Civil Veterinary Dept. Bombay admin report 1914-1922 - 1914-1922
Year: 1914
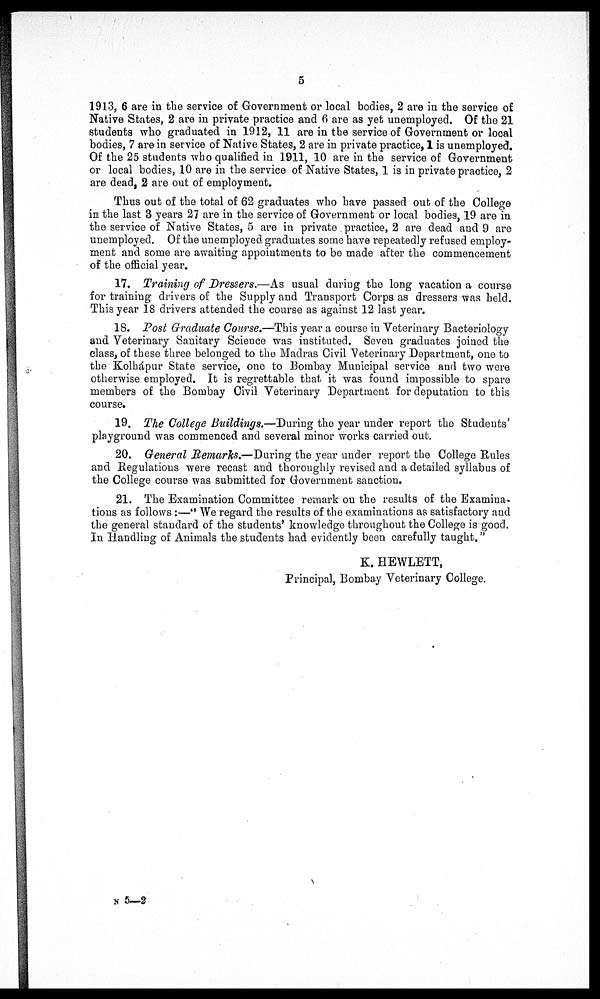
5
1913, 6 are in the service of Government or local bodies, 2 are in the service of
Native States, 2 are in private practice and 6 are as yet unemployed. Of the 21
students who graduated in 1912, 11 are in the service of Government or local
bodies, 7 are in service of Native States, 2 are in private practice, 1 is unemployed.
Of the 25 students who qualified in 1911, 10 are in the service of Government
or local bodies, 10 are in the service of Native States, 1 is in private practice, 2
are dead, 2 are out of employment.
Thus out of the total of 62 graduates who have passed out of the College
in the last 3 years 27 are in the service of Government or local bodies, 19 are in
the service of Native States, 5 are in private practice, 2 are dead and 9 are
unemployed. Of the unemployed graduates some have repeatedly refused employ-
ment and some are awaiting appointments to be made after the commencement
of the official year.
17. Training of Dressers.—As usual during the long vacation a course
for training drivers of the Supply and Transport Corps as dressers was held.
This year 18 drivers attended the course as against 12 last year.
18. Post Graduate Course.—This year a course in Veterinary Bacteriology
and Veterinary Sanitary Science was instituted. Seven graduates joined the
class, of these three belonged to the Madras Civil Veterinary Department, one to
the Kolhápur State service, one to Bombay Municipal service and two were
otherwise employed. It is regrettable that it was found impossible to spare
members of the Bombay Civil Veterinary Department for deputation to this
course.
19. The College Buildings.—During the year under report the Students'
playground was commenced and several minor works carried out.
20. General Remarks.—During the year under report the College Rules
and Regulations were recast and thoroughly revised and a detailed syllabus of
the College course was submitted for Government sanction.
21. The Examination Committee remark on the results of the Examina-
tions as follows :—" We regard the results of the examinations as satisfactory and
the general standard of the students' knowledge throughout the College is good.
In Handling of Animals the students had evidently been carefully taught,"
K. HEWLETT,
Principal, Bombay Veterinary College.
N 5—2